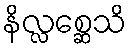
နိလ္လစ္ဆေသိ